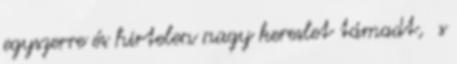
egyszerre és hirtelen nagy kereslet támadt, s